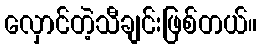
လှောင်တဲ့သီချင်းဖြစ်တယ်။